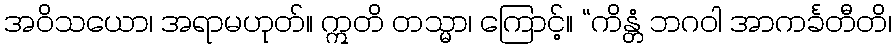
အဝိသယော၊ အရာမဟုတ်။ ဣတိ တသ္မာ၊ ကြောင့်။ “ကိန္တံ ဘဂဝါ အာကင်္ခတီတိ၊